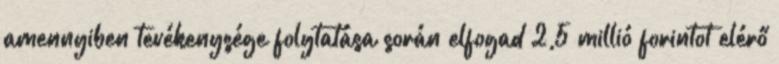
amennyiben tevékenysége folytatása során elfogad 2,5 millió forintot elérő